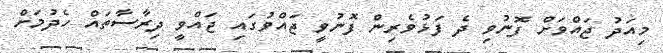
މިއަދު ޖައްވަށް ފޮނުވި ދެ ފަޅުވެރިން ފޮނުވީ ޖައްވުގައި ޖައްވީ ދިރާސާތައް ހެދުމަށް